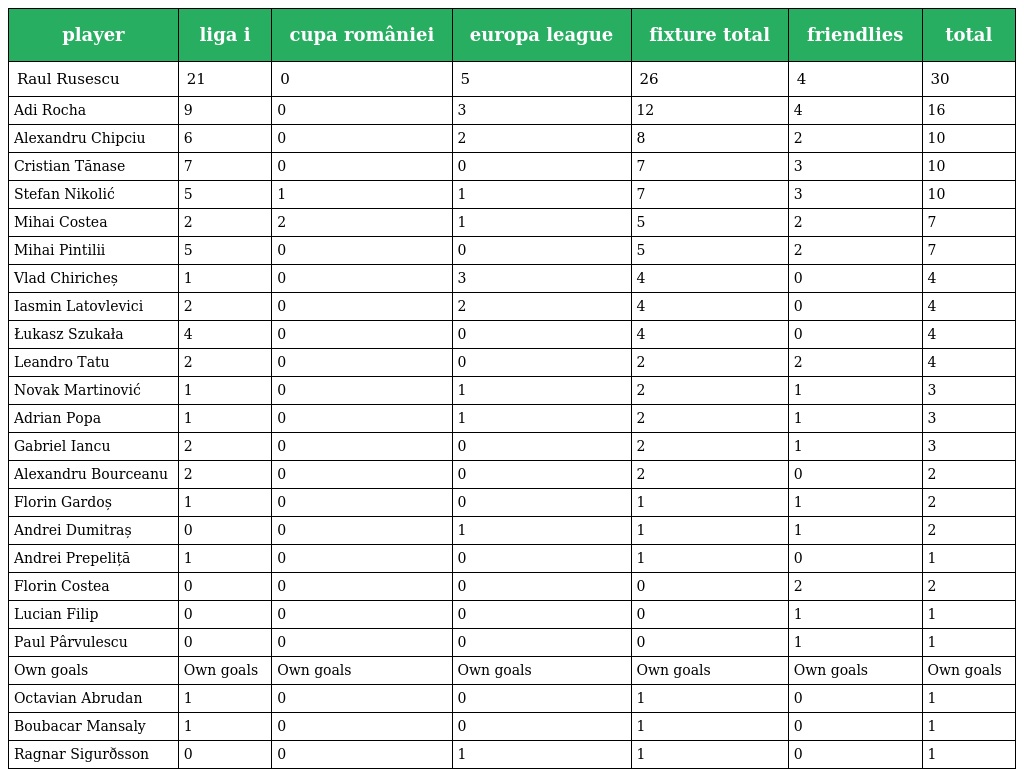
| player | liga i | cupa româniei | europa league | fixture total | friendlies | total |
 | --- | --- | --- | --- | --- | --- | --- |
 | Raul Rusescu | 21 | 0 | 5 | 26 | 4 | 30 |
 | Adi Rocha | 9 | 0 | 3 | 12 | 4 | 16 |
 | Alexandru Chipciu | 6 | 0 | 2 | 8 | 2 | 10 |
 | Cristian Tănase | 7 | 0 | 0 | 7 | 3 | 10 |
 | Stefan Nikolić | 5 | 1 | 1 | 7 | 3 | 10 |
 | Mihai Costea | 2 | 2 | 1 | 5 | 2 | 7 |
 | Mihai Pintilii | 5 | 0 | 0 | 5 | 2 | 7 |
 | Vlad Chiricheș | 1 | 0 | 3 | 4 | 0 | 4 |
 | Iasmin Latovlevici | 2 | 0 | 2 | 4 | 0 | 4 |
 | Łukasz Szukała | 4 | 0 | 0 | 4 | 0 | 4 |
 | Leandro Tatu | 2 | 0 | 0 | 2 | 2 | 4 |
 | Novak Martinović | 1 | 0 | 1 | 2 | 1 | 3 |
 | Adrian Popa | 1 | 0 | 1 | 2 | 1 | 3 |
 | Gabriel Iancu | 2 | 0 | 0 | 2 | 1 | 3 |
 | Alexandru Bourceanu | 2 | 0 | 0 | 2 | 0 | 2 |
 | Florin Gardoș | 1 | 0 | 0 | 1 | 1 | 2 |
 | Andrei Dumitraș | 0 | 0 | 1 | 1 | 1 | 2 |
 | Andrei Prepeliță | 1 | 0 | 0 | 1 | 0 | 1 |
 | Florin Costea | 0 | 0 | 0 | 0 | 2 | 2 |
 | Lucian Filip | 0 | 0 | 0 | 0 | 1 | 1 |
 | Paul Pârvulescu | 0 | 0 | 0 | 0 | 1 | 1 |
 | Own goals | Own goals | Own goals | Own goals | Own goals | Own goals | Own goals |
 | Octavian Abrudan | 1 | 0 | 0 | 1 | 0 | 1 |
 | Boubacar Mansaly | 1 | 0 | 0 | 1 | 0 | 1 |
 | Ragnar Sigurðsson | 0 | 0 | 1 | 1 | 0 | 1 |